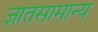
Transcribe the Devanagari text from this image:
ज्ञातसामान्य